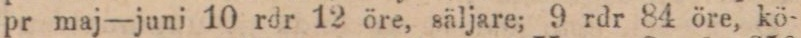
pr maj—juni 10 rdr 12 öre, säljare; 9 rdr 84 öre, kö-